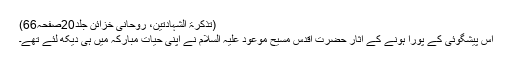
(تذکرۃ الشہادتین، روحانی خزائن جلد20صفحہ66)
اس پیشگوئی کے پورا ہونے کے آثار حضرت اقدس مسیح موعود علیہ السلام نے اپنی حیاتِ مبارکہ میں ہی دیکھ لئے تھے۔